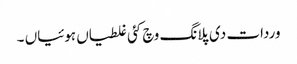
وردات دی پلانگ وچ کئی غلطیاں ہوئیاں ۔